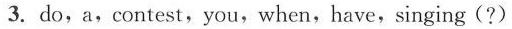
3. do, a,contest,you,when,have,singing(?)